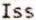
ISS